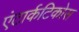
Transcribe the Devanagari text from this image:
एंटार्कटिकोस